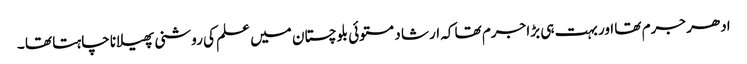
ادھر جرم تھا اور بہت ہی بڑا جرم تھا کہ ارشا د مستوئی بلوچستان میں علم کی روشنی پھیلانا چاہتا تھا ۔